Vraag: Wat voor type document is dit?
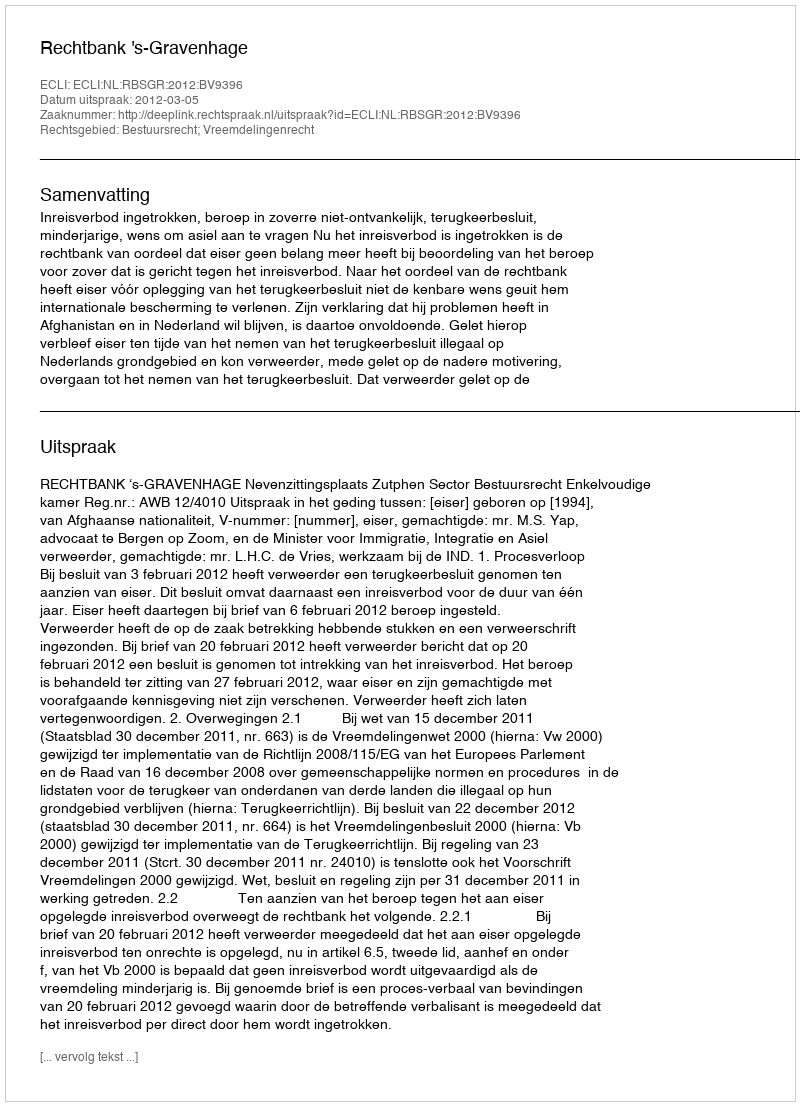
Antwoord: Uitspraak